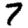
Digit: 7